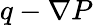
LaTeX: q-\nabla P